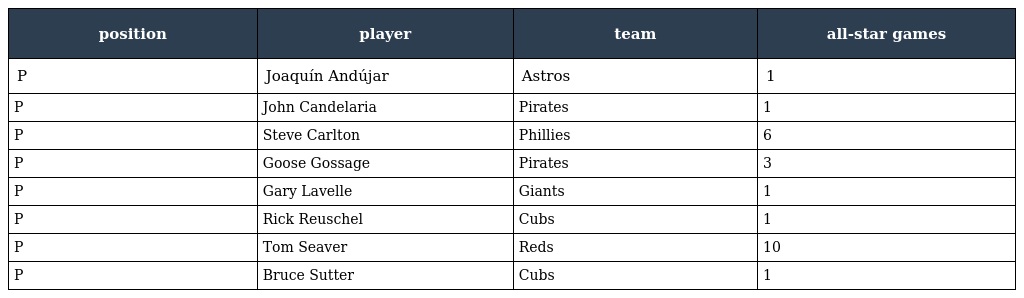
| position | player | team | all-star games |
 | --- | --- | --- | --- |
 | P | Joaquín Andújar | Astros | 1 |
 | P | John Candelaria | Pirates | 1 |
 | P | Steve Carlton | Phillies | 6 |
 | P | Goose Gossage | Pirates | 3 |
 | P | Gary Lavelle | Giants | 1 |
 | P | Rick Reuschel | Cubs | 1 |
 | P | Tom Seaver | Reds | 10 |
 | P | Bruce Sutter | Cubs | 1 |